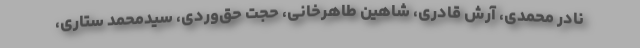
نادر محمدی، آرش قادری، شاهین طاهرخانی، حجت حق‌وردی، سیدمحمد ستاری،